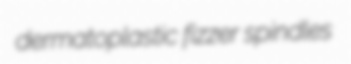
dermatoplastic fizzer spindles